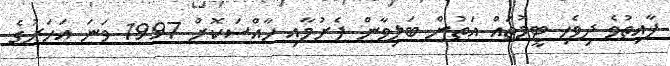
ފާއިތުވެ ދިވެހި ޓީމުތައް އަތުން ބަލިވާން ފެށުމާއި ހާއްސަކޮށް 1997 ވަނަ އަހަރުގެ